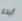
أبدء